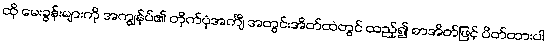
ထို မေးခွန်းများကို အကျွန်ုပ်၏ တိုက်ပုံအင်္ကျီ အတွင်းအိတ်ထဲတွင် ထည့်၍ စာအိတ်ဖြင့် ပိတ်ထားပါ